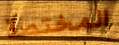
المختصة